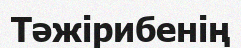
Тәжірибенің